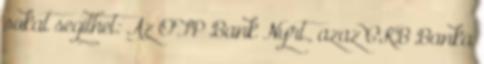
sokat segíthet: Az OTP Bank Nyrt., azaz CKB Banka